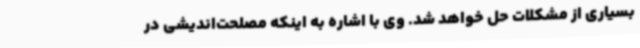
بسیاری از مشکلات حل خواهد شد. وی با اشاره به اینکه مصلحت‌اندیشی در